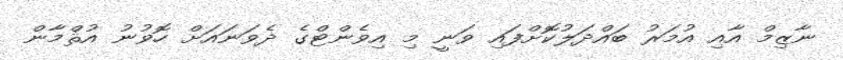
ނާޒިމް އާއި އުމަރު ބައްދަލުކޮށްފައި ވަނީ މި އިވެންޓްގެ ދެވަނައަށް ހޮވުނު އުޘްމާން